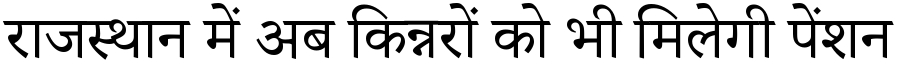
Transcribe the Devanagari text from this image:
राजस्थान में अब किन्नरों को भी मिलेगी पेंशन